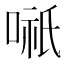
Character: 𭉌